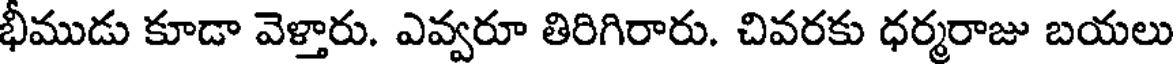
భీముడు కూడా వెళ్తారు. ఎవ్వరూ తిరిగిరారు. చివరకు ధర్మరాజు బయలు